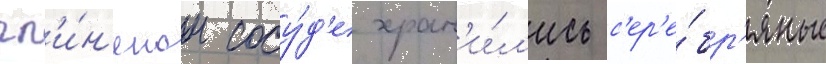
гл'и́н'яном сосу́д'е хран'и́л'ись с'ер'е́бр'яные